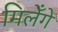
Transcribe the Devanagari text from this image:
मिलेँगे